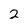
Character: 2